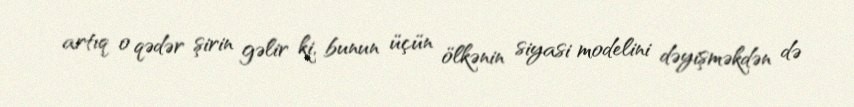
artıq o qədər şirin gəlir ki, bunun üçün ölkənin siyasi modelini dəyişməkdən də